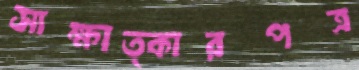
সাক্ষাত্কারপত্র